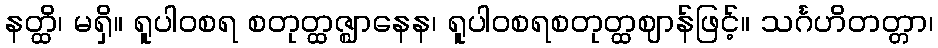
နတ္ထိ၊ မရှိ။ ရူပါဝစရ စတုတ္ထဇ္ဈာနေန၊ ရူပါဝစရစတုတ္ထဈာန်ဖြင့်။ သင်္ဂဟိတတ္တာ၊